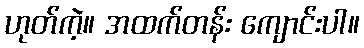
ဟုတ်ကဲ့။ အထက်တန်း ကျောင်းပါ။